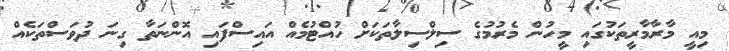
މިއީ މާރާމާރީތަކުގައި މީހުން މެރުމުގެ ސިލްސިލާތަކަށް ހުއްޓުމެއް އައިސްފައި އޮންނަތާ ގިނަ ދުވަސްތަކެއް